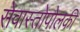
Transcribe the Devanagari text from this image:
सेवास्तोपोलकी